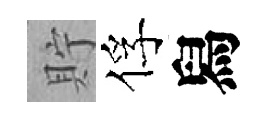
貯俘舄